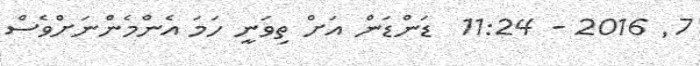
7